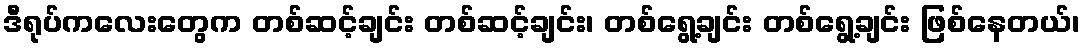
ဒီရုပ်ကလေးတွေက တစ်ဆင့်ချင်း တစ်ဆင့်ချင်း၊ တစ်ရွေ့ချင်း တစ်ရွေ့ချင်း ဖြစ်နေတယ်၊